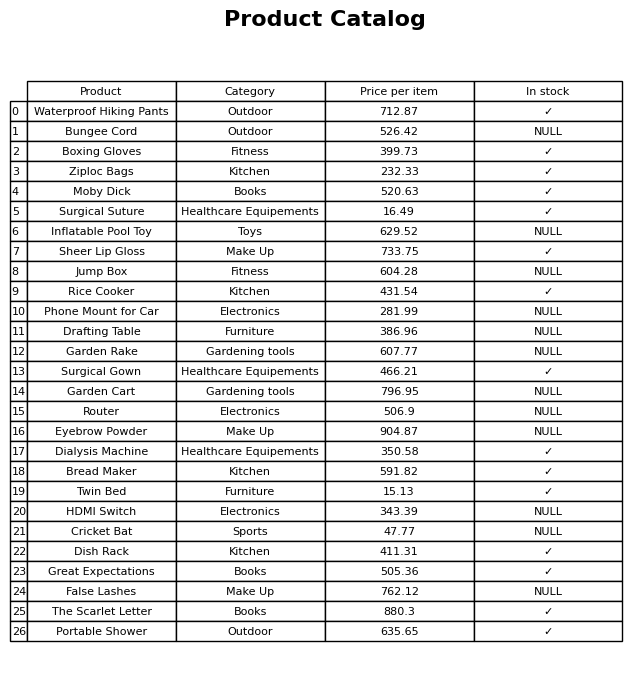
question: What is the price of the Surgical Suture?
answer: The price of Surgical Suture is 16.49.